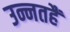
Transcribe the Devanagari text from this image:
उन्नतहैं